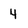
Character: 4